Vaccination in the Punjab 1867-1880 - 1867-1880
Year: 1867
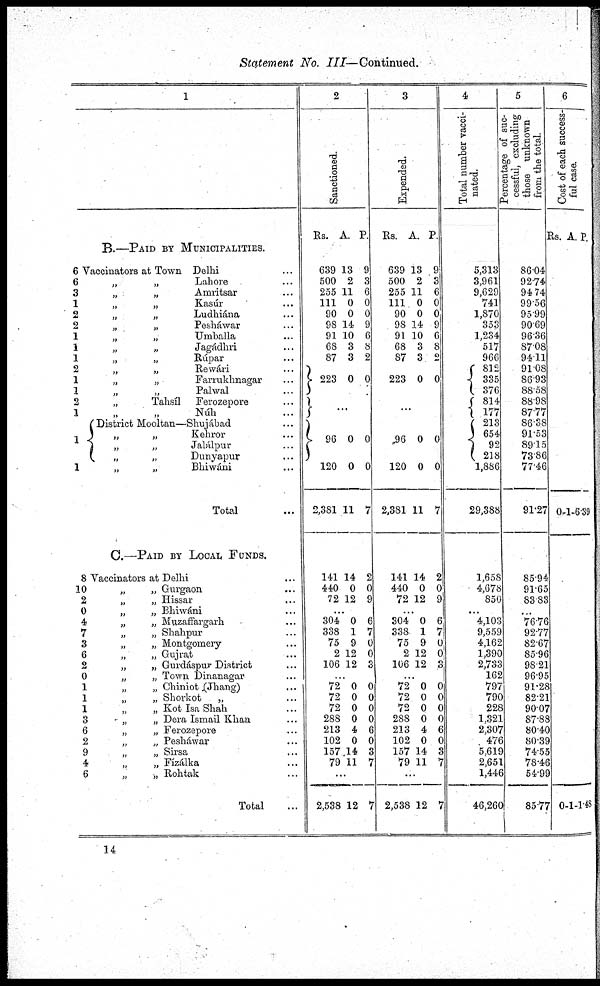
Statement No. III—Continued.
1
B.—PAID BY MUNICIPALITIES.
6 Vaccinators at Town Delhi ...
6
3
1
2
2
1
1
1
2
1
1
2
1
1
1
„
„
Lahore ...
„
„
Amritsar ...
„
„
Kasúr ...
„
„
Ludhiána ...
„
„
Pesháwar ...
„
„
Umballa ...
„
„
Jagádhri ...
„
„
Rúpar ...
„
„
Rewári ...
„
„
Farrukhnagar ...
„
„
Palwal ...
„
Tahsíl
Ferozepore ...
„ „ Núh ...
District Mooltan—Shujábad ...
„
„
Kehror ...
„ „ Jalálpur ...
„ „ Dunyapur ...
„ „ Bhiwáni ...
Total ...
C.—PAID BY LOCAL FUNDS.
8
10
2
0
4
7
3
6
2
0
1
1
1
3
6
2
9
4
6
Vaccinators at Delhi ...
„
„ Gurgaon ...
„
„
Hissar ...
„
„
Bhiwáni ...
„
„
Muzaffargarh ...
„
„
Shahpur ...
„
„
Montgomery ...
„ „ Gujrat ...
„
„
Gurdáspur District ...
„
„
Town Dinanagar ...
„
„ Chiniot (Jhang) ...
„
„
Shorkot
„ ...
„
„
Kot Isa Shah ...
„
„
Dera Ismail Khan ...
„
„
Ferozepore ...
„
„
Pesháwar ...
„ „ Sirsa ...
„
„
Fizálka
„
„
Rohtak ...
Total ...
2
Sanctioned.
Rs.
639
500
255
111
90
98
91
68
87
223
A.
13
2
11
0
0
14
10
3
3
0
P.
9
3
6
0
0
9
6
8
2
0
...
96
120
2,381
141
440
72
0
0
11
14
0
12
0
0
7
2
0
9
...
304
338
75
2
106
0
1
9
12
12
6
7
0
0
3
...
72
72
72
288
213
102
157
79
0
0
0
0
4
0
14
11
0
0
0
0
6
0
3
7
...
2,538 12 7
3
Expended.
Rs.
639
500
255
111
90
98
91
68
87
223
A.
13
2
11
0
0
14
10
3
3
0
P.
9
3
6
0
0
9
6
8
2
0
...
96
120
2,381
141
440
72
0
0
11
14
0
12
0
0
7
2
0
9
...
304
338
75
2
106
0
1
9
12
12
6
7
0
0
3
...
72
72
72
288
213
102
157
79
0
0
0
0
4
0
14
11
0
0
0
0
6
0
3
7
...
2,538 12 7
4
Total number vacci-
nated.
5,313
3,961
9,629
741
1,870
353
1,234
517
966
812
335
376
814
177
213
654
92
218
1,886
29,388
1,658
4,678
850
...
4,103
9,559
4,162
1,390
2,733
162
797
790
228
1,321
2,307
476
5,619
2,651
1,446
46,260
5
Percentage of suc-
cessful, excluding
those unknown
from the total.
86.04
92.74
94.74
99.56
95.99
90.69
96.36
87.08
94.11
91.08
86.93
88.58
88.98
87.77
86.38
91.53
89.15
73.86
77.46
91.27
85.94
91.65
83 83
...
76.76
92.77
82.67
85.96
98.21
96.95
91.28
82.21
90.07
87.88
80.40
80.39
74.55
78.46
54.99
85.77
6
Cost of e a c h s uc c e s s -
ful case.
Rs.
0
0
A.
1
1
P.
6.39
1.48
14